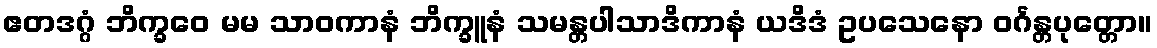
ဧတဒဂ္ဂံ ဘိက္ခဝေ မမ သာဝကာနံ ဘိက္ခူနံ သမန္တပါသာဒိကာနံ ယဒိဒံ ဥပသေနော ဝင်္ဂန္တပုတ္တော။